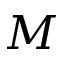
M